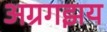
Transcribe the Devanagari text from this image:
अग्रगझय